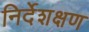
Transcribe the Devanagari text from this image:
निर्देशक्षण